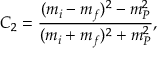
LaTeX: C _ { 2 } = \frac { ( m _ { i } - m _ { f } ) ^ { 2 } - m _ { P } ^ { 2 } } { ( m _ { i } + m _ { f } ) ^ { 2 } + m _ { P } ^ { 2 } } ,